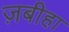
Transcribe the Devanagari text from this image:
ज़बीहा